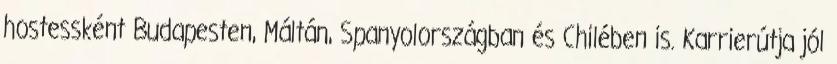
hostessként Budapesten, Máltán, Spanyolországban és Chilében is. Karrierútja jól